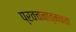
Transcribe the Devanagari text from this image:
प्रवचनात्मकता